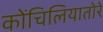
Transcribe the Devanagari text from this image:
कोंचिलियातोरे